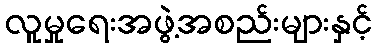
လူမှုရေးအဖွဲ့အစည်းများနှင့်